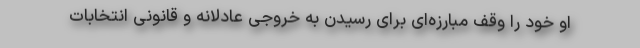
او خود را وقف مبارزه‌ای برای رسیدن به خروجی عادلانه و قانونی انتخابات